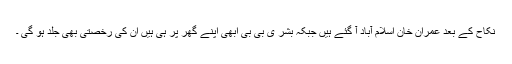
نکاح کے بعد عمران خان اسلام آباد آ گئے ہیں جبکہ بشر ی بی بی ابھی اپنے گھر پر ہی ہیں ان کی رخصتی بھی جلد ہو گی ۔